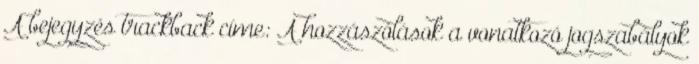
A bejegyzés trackback címe: A hozzászólások a vonatkozó jogszabályok